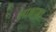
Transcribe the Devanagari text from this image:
लाक्षाना